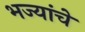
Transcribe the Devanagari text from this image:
भज्यांचे